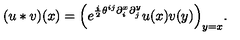
( u * v ) ( x ) = \Bigl ( e ^ { \frac i 2 \theta ^ { i j } \partial _ { i } ^ { x } \partial _ { j } ^ { y } } u ( x ) v ( y ) \Bigr ) _ { y = x } .